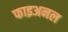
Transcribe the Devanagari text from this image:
फाइअनल